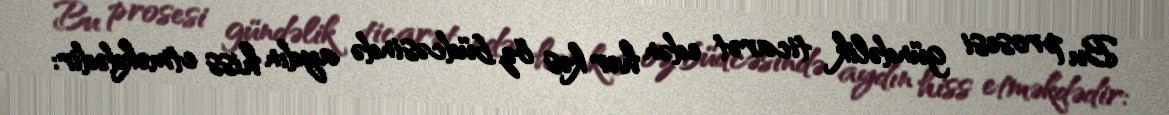
Bu prosesi gündəlik ticarət edən hər kəs öz büdcəsində aydın hiss etməkdədir: